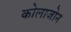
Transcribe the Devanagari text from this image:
कोलाजोन